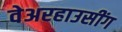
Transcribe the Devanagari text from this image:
वेअरहाउसींग